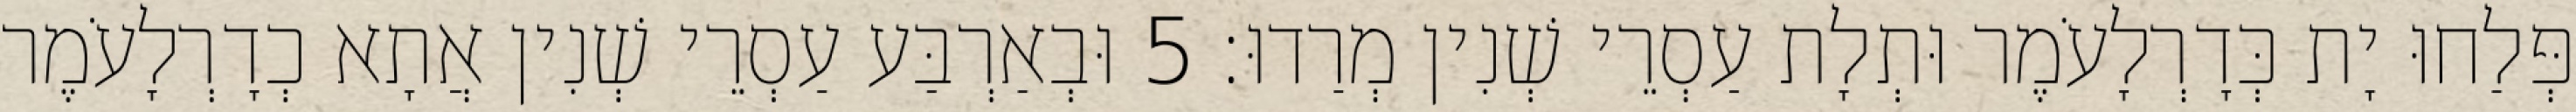
פְּלַחוּ יָת כְּדָרְלָעֹמֶר וּתְלָת עַסְרֵי שְׁנִין מְרַדוּ׃ 5 וּבְאַרְבַּע עַסְרֵי שְׁנִין אֲתָא כְדָרְלָעֹמֶר